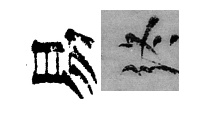
易终